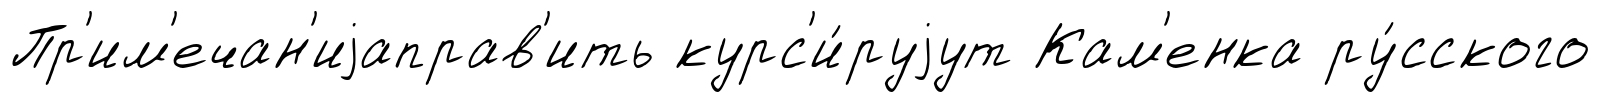
Пр'им'ечан'иjаправ'ить курс'и́руjут Кам'енка ру́сского